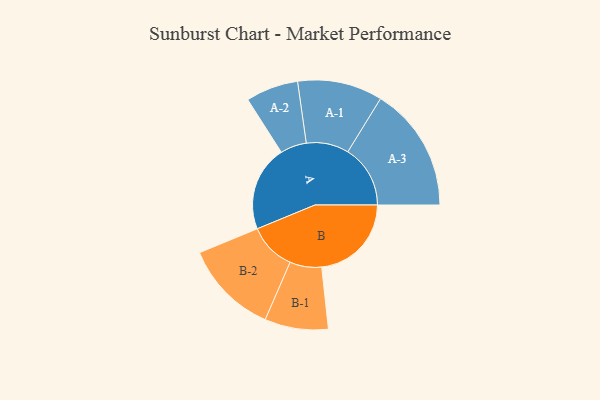
{"axis": {"x": "Segment", "y": "Value"}, "legend": ["", "A", "B"], "data": [{"x": "A", "y": 342, "type": ""}, {"x": "B", "y": 359, "type": ""}, {"x": "A-1", "y": 170, "type": "A"}, {"x": "A-2", "y": 105, "type": "A"}, {"x": "A-3", "y": 250, "type": "A"}, {"x": "B-1", "y": 127, "type": "B"}, {"x": "B-2", "y": 189, "type": "B"}]}